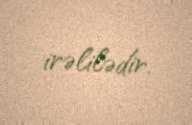
irəlilədir.